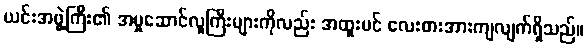
ယင်းအဖွဲ့ကြီး၏ အမှုဆောင်လူကြီးများကိုလည်း အထူးပင် လေးစားအားကျလျက်ရှိသည်။